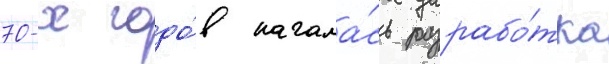
70-х годо́в начала́сь разрабо́тка